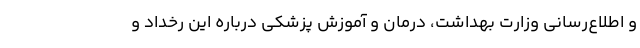
و اطلاع‌رسانی وزارت بهداشت، درمان و آموزش پزشکی درباره این رخداد و